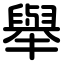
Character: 舉